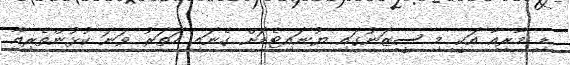
ޑި މާރިއާ އަކީ މި ސީޒަނުގައި ޔުނައިޓެޑަށް ގެނައި ހަތަރު ވަނަ ކުޅުންތެރިއާ